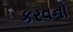
કરવનો